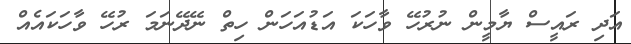
އަދި ރައީސް ޔާމީން ނުރުހޭ ވާހަކަ އަޑުއަހަން ހިތް ނޭދޭނަމަ ރުހޭ ވާހަކައެއް